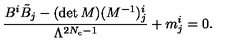
\frac { B ^ { i } \tilde { B } _ { { j } } - ( \det M ) ( M ^ { - 1 } ) _ { { j } } ^ { i } } { \Lambda ^ { 2 N _ { c } - 1 } } + m _ { j } ^ { i } = 0 .